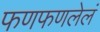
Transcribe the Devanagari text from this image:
फणफणलेलं